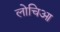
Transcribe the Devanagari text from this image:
लोचिआ